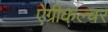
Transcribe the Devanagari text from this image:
ऐग्रीकल्चर